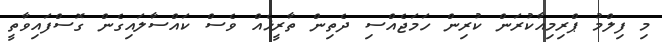
މި ފިލްމު ޕްރިމިއާކުރަން ކުރިން ހަމަޖެއްސި ދެތިން ތާރީޚެއް ވެސް ކައްސާލައިގެން ގޮސްފައިވާތީ